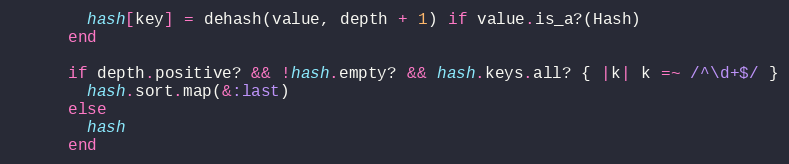
Language: Ruby
        hash[key] = dehash(value, depth + 1) if value.is_a?(Hash)
      end

      if depth.positive? && !hash.empty? && hash.keys.all? { |k| k =~ /^\d+$/ }
        hash.sort.map(&:last)
      else
        hash
      end